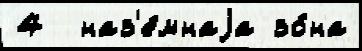
4  наз'е́мнаjа зо́на